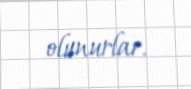
olunurlar.